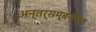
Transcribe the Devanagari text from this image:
अन्तर्सम्बन्धित